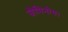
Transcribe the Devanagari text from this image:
जैमिनीय।